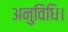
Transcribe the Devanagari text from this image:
अनुविधि।